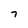
Character: 7